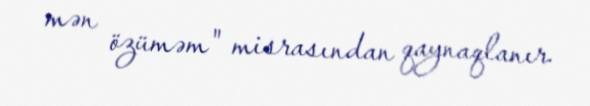
mən özüməm" misrasından qaynaqlanır.